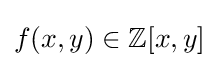
f(x,y)\in \mathbb {Z} [x,y]